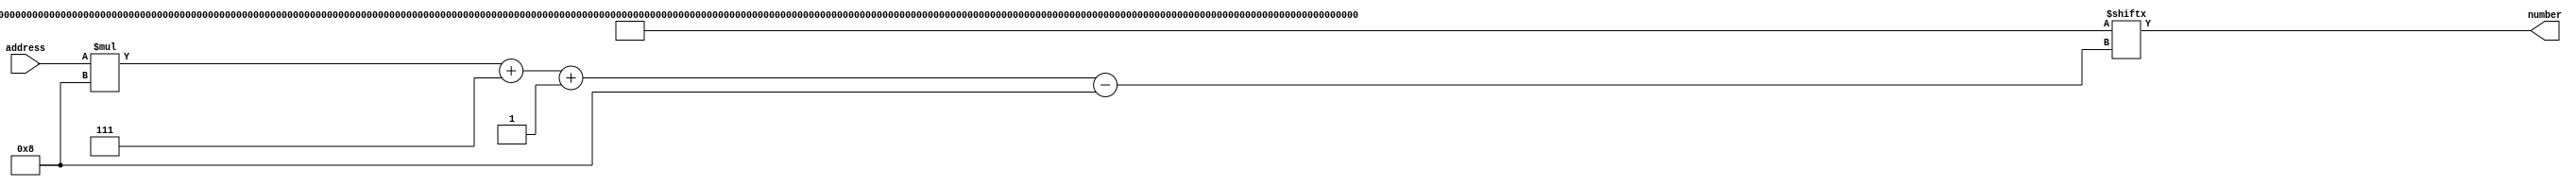
/*
   This file was generated automatically by the Mojo IDE version B1.2.6.
   Do not edit this file directly. Instead edit the original Lucid source.
   This is a temporary file and any changes made to it will be destroyed.
*/

module gamethreenumberrom_74 (
    input [6:0] address,
    output reg [7:0] number
  );
  
  
  
  localparam PRIMEORNOTDATA = 1024'h020305070b0d1113171d1f256165676b6d71292b2f353b3d4347494f53591113171b1d25292b2f353b3d4347494f53596165676b6d717f83898b95979da3a7adb3b5bfc1c5c7d3dfe3e5e9eff1fb5baba9816f695dddd5d9dbedf39f857bbbc95baba9816f695dddd5d9dbedf39f857bbbc98d995775394dabb1bbf357b1f979;
  
  always @* begin
    number = PRIMEORNOTDATA[(address)*8+7-:8];
  end
endmodule